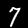
Digit: 7